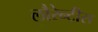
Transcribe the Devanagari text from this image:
लौरेन्टीस